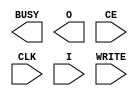
module ICAP_VIRTEX5 (
	BUSY,
	O,
	CE,
	CLK,
	I,
	WRITE
);

output BUSY;
output [31:0] O;

input CE;
input CLK;
input WRITE;
input [31:0] I;

parameter ICAP_WIDTH = "X8";

initial begin
        case (ICAP_WIDTH)
                "X8" , "X16", "X32" : ;
                default : begin
                        $display("Attribute Syntax Error : The Attribute ICAP_WIDTH on ICAP_VIRTEX5 instance %m is set to %s.  Legal values for this attribute are X8, X16 or X32.", ICAP_WIDTH);
                        $finish;
                end
        endcase

end



specify
	specparam PATHPULSE$ = 0;
endspecify

endmodule